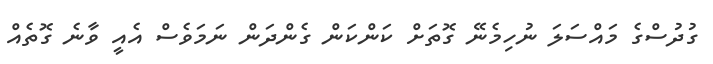
ގުދުސްގެ މައްސަލަ ނުހިމެނޭ ގޮތަށް ކަންކަން ގެންދަން ނަމަވެސް އެއީ ވާނެ ގޮތެއް